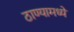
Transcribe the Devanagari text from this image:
ठाण्यामध्ये